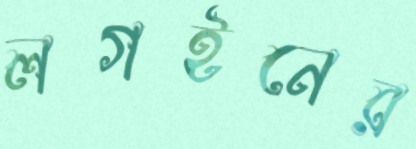
লগইনের